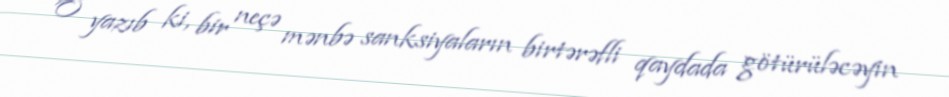
O yazıb ki, bir neçə mənbə sanksiyaların birtərəfli qaydada götürüləcəyin